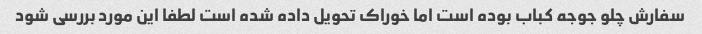
سفارش چلو جوجه کباب بوده است اما خوراک تحویل داده شده است لطفا این مورد بررسی شود